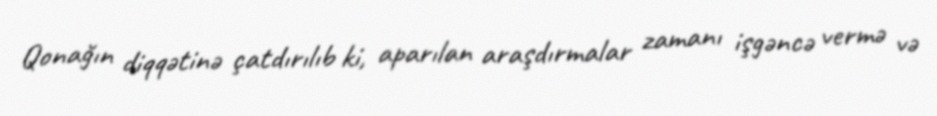
Qonağın diqqətinə çatdırılıb ki, aparılan araşdırmalar zamanı işgəncə vermə və